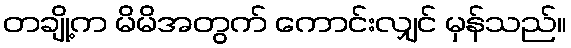
တချို့က မိမိအတွက် ကောင်းလျှင် မှန်သည်။